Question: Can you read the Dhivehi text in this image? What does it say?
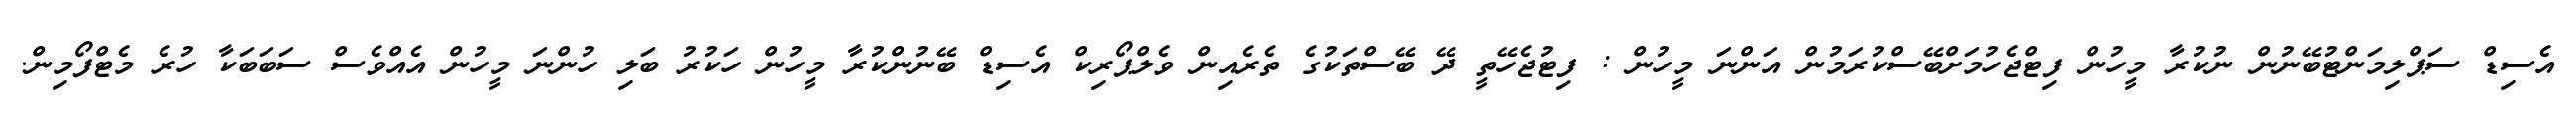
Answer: އެސިޑް ސަޕްލިމަންޓުބޭނުން ނުކުރާ މީހުން ފިޓްޖެހުމަށްބޭސްކުރަމުން އަންނަ މީހުން : ފިޓުޖެހޭތީ ދޭ ބޭސްތަކުގެ ތެރެއިން ވެލްޕޯރިކް އެސިޑް ބޭނުންކުރާ މީހުން ހަކުރު ބަލި ހުންނަ މީހުން އެއްވެސް ސަބަބަކާ ހުރެ މެޓްފޯމިން.